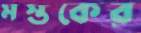
মস্তকের